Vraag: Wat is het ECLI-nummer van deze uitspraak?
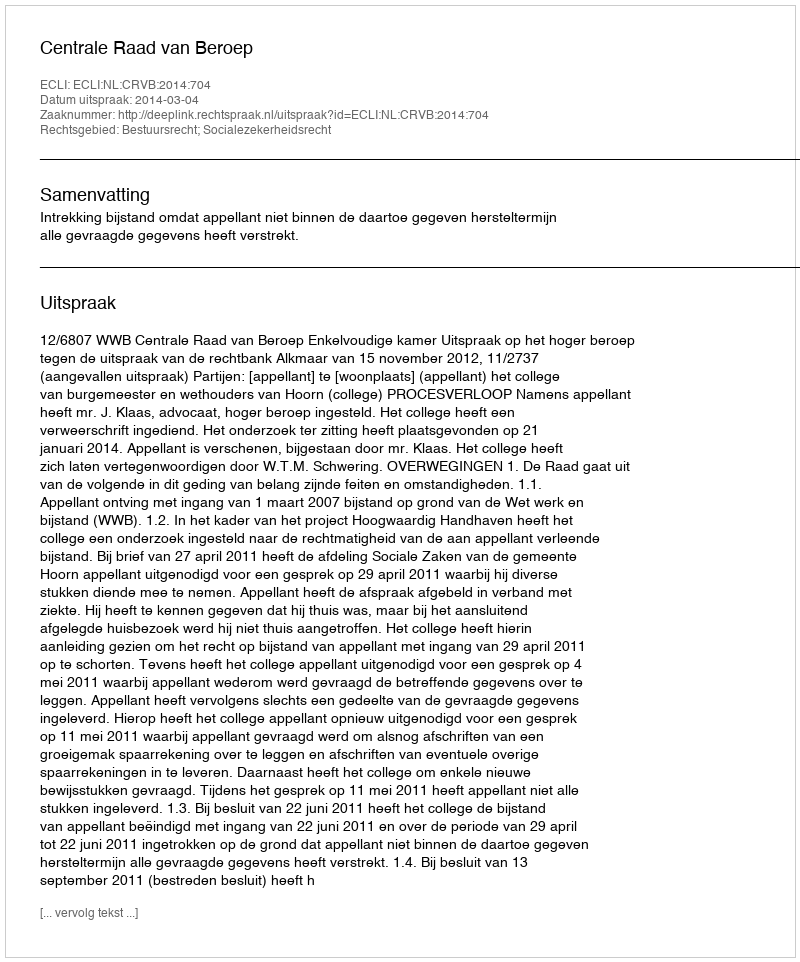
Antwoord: ECLI:NL:CRVB:2014:704